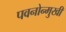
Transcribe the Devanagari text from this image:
पवनोन्मुखी